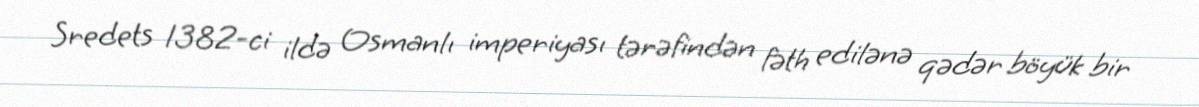
Sredets 1382-ci ildə Osmanlı imperiyası tərəfindən fəth edilənə qədər böyük bir